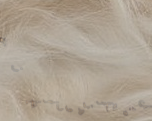
محل بيع الزهور الطازجة وا